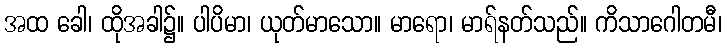
အထ ခေါ၊ ထိုအခါ၌။ ပါပိမာ၊ ယုတ်မာသော။ မာရော၊ မာရ်နတ်သည်။ ကိသာဂေါတမီ၊